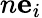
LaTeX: n\mathbf{e}_{i}